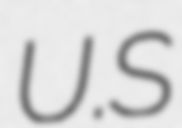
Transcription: U.S